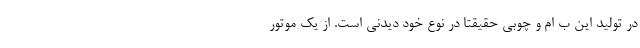
در تولید این ب ام و چوبی حقیقتا در نوع خود دیدنی است. از یک موتور